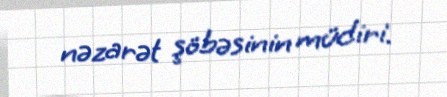
nəzarət şöbəsinin müdiri.